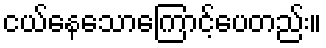
ငယ်နေသောကြောင့်ပေတည်း။